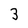
Character: 3